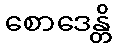
စောဒေန္တိ